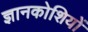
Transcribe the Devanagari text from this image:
ज्ञानकोशियों